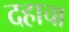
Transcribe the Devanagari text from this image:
दहाचा